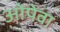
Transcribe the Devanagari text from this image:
ओपेवा